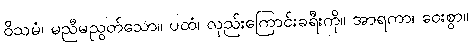
ဝိသမံ၊ မညီမညွတ်သော။ ပထံ၊ လှည်းကြောင်းခရီးကို။ အာရကာ၊ ဝေးစွာ။